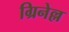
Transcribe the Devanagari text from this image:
ग्रिनेल्ल